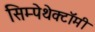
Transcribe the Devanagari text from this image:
सिम्पेथेक्टॉमी